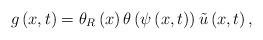
LaTeX: \begin{align*}g\left( x,t\right) =\theta _{R}\left( x\right) \theta \left( \psi \left(x,t\right) \right) \tilde{u}\left( x,t\right) , \end{align*}